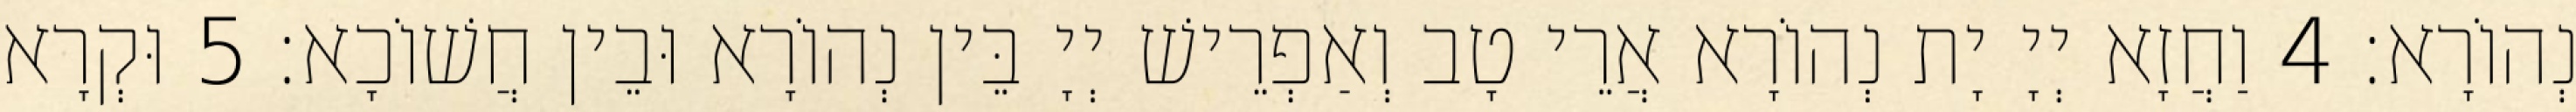
נְהוֹרָא׃ 4 וַחֲזָא יְיָ יָת נְהוֹרָא אֲרֵי טָב וְאַפְרֵישׁ יְיָ בֵּין נְהוֹרָא וּבֵין חֲשׁוֹכָא׃ 5 וּקְרָא